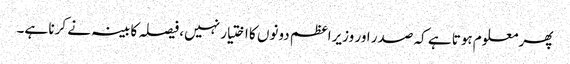
پھر معلوم ہوتا ہے کہ صدر اور وزیراعظم دونوں کا اختیار نہیں، فیصلہ کابینہ نے کرنا ہے۔